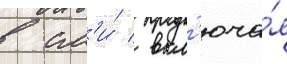
в см'и́ / вкл'юча́я